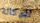
للوكالة